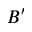
B ^ { \prime }